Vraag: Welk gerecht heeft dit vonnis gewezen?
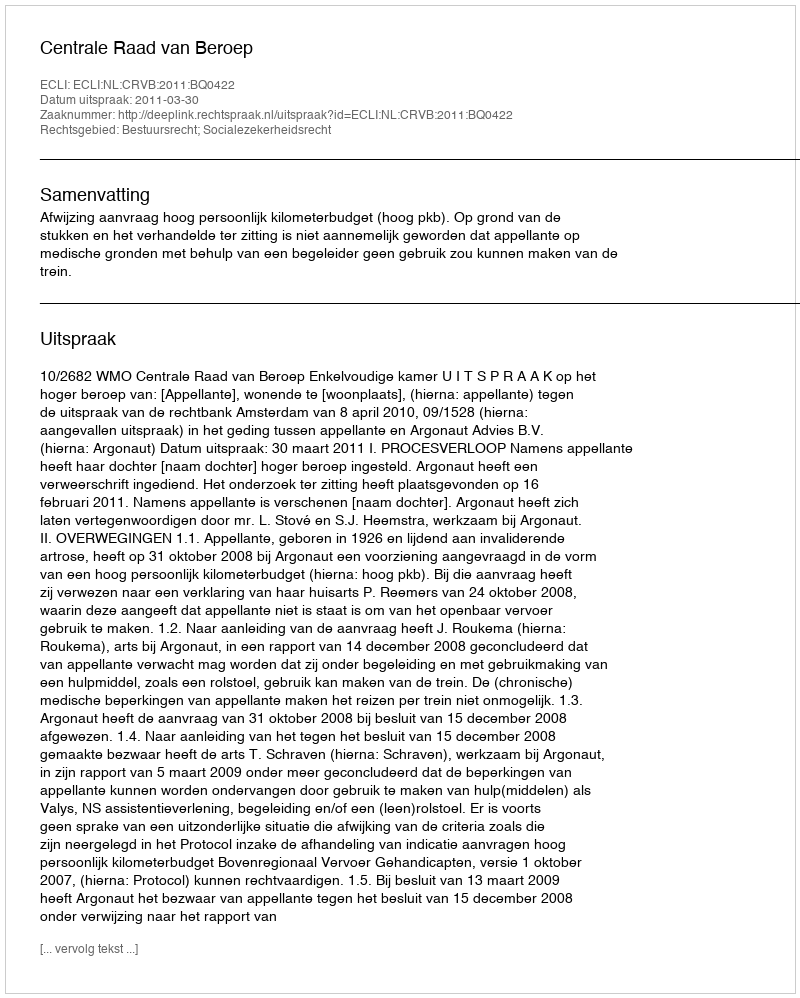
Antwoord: Centrale Raad van Beroep